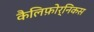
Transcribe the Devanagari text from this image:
कैलिफ़ोर्निकस